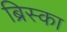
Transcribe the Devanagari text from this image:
ब्रिस्का